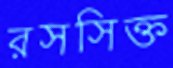
রসসিক্ত